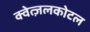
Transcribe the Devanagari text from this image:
क्वेत्ज़लकोटल